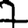
Digit: 7